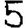
Digit: 5